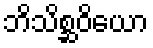
ဘိသိစ္ဆဝိယော